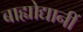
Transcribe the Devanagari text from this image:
बाह्योद्यानीं